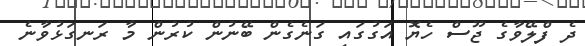
ދެ ފްލޭވާގެ ޖޫސް ހެޔޮ އަގުގައި ގަނެގެން ބޭނުން ކުރުން މާ ރަނގަޅުވާނެ